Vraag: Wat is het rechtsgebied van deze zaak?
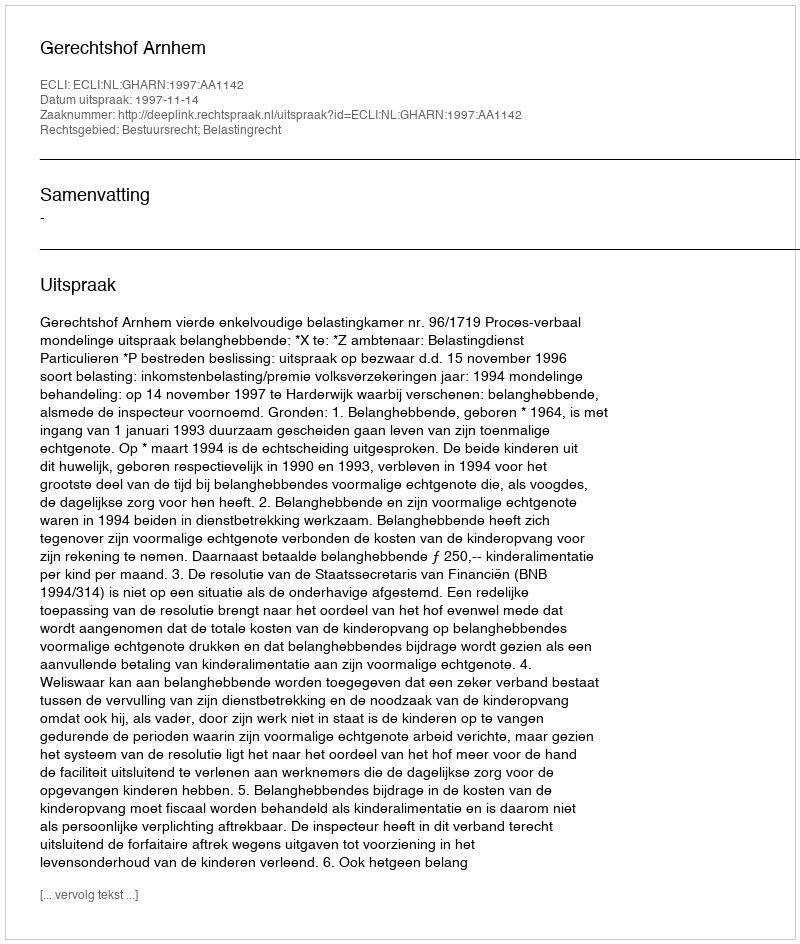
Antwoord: Bestuursrecht; Belastingrecht